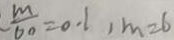
\frac { m } { 6 0 } = 0 . 1 , m = 6